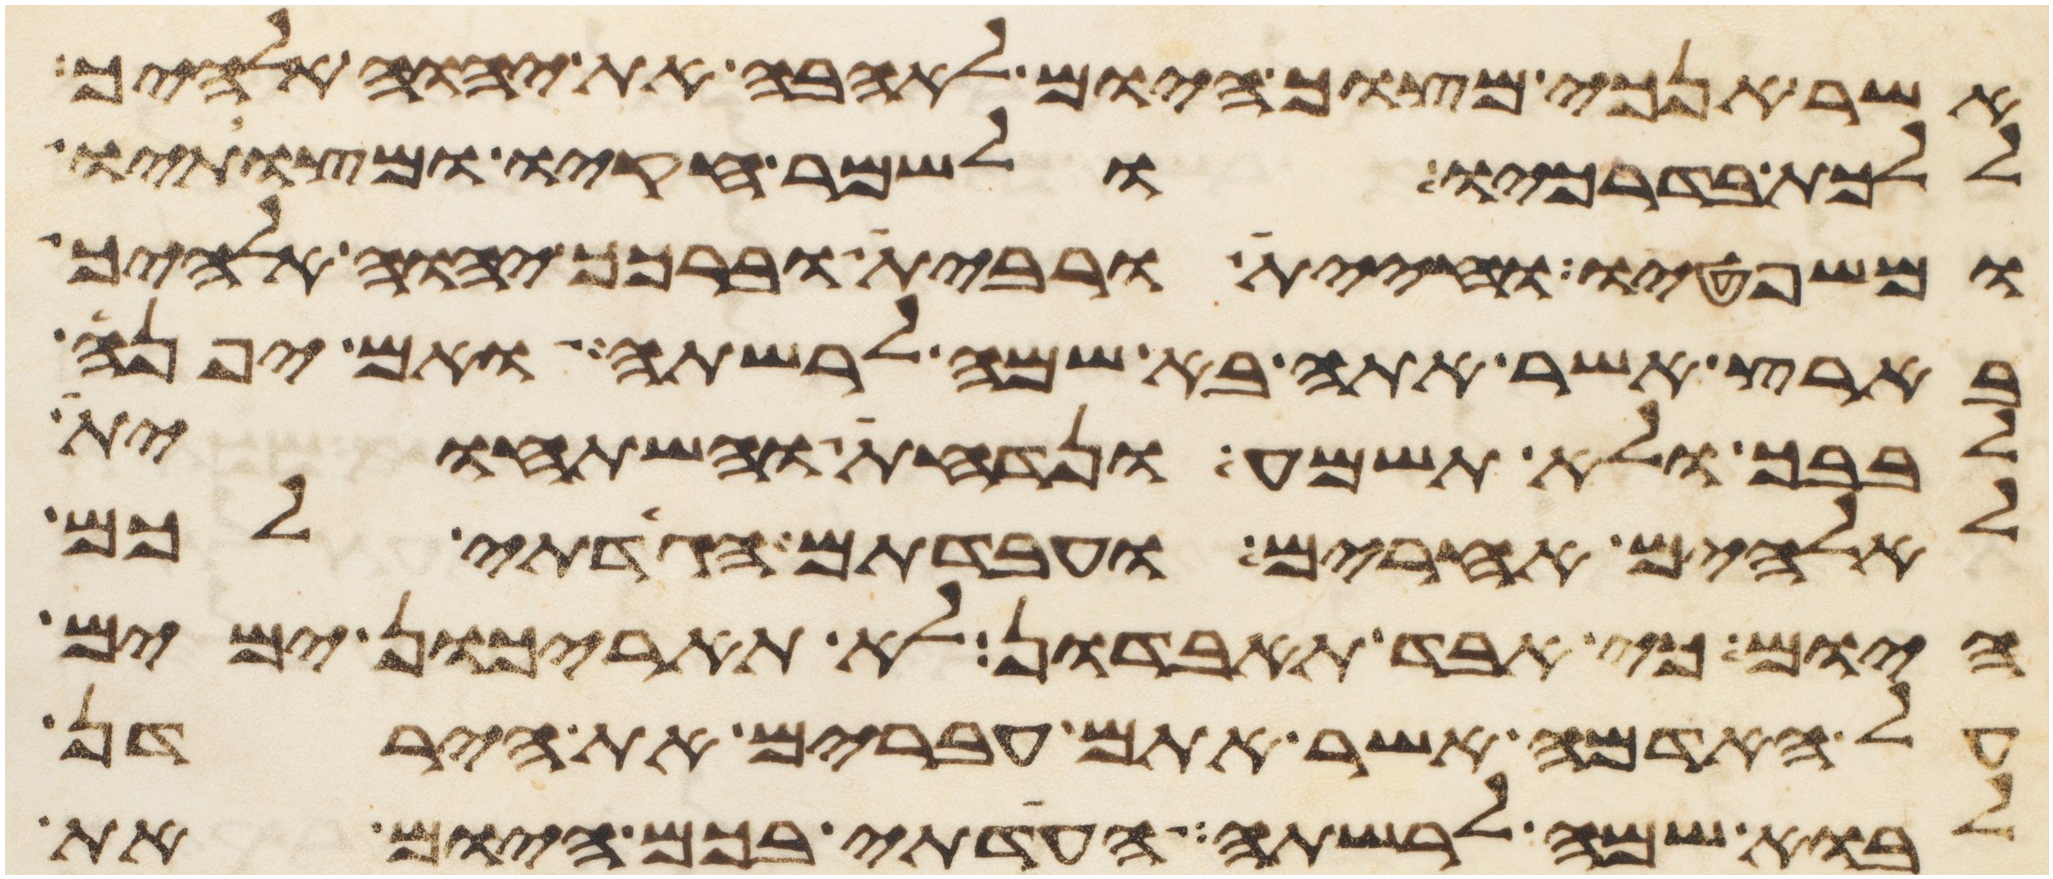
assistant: אשר אנכי מצוך היום לאהבה את יהוה אלהיך
וללכת בדרכיו ולשמר חקיו ומצותיו
ומשפטיו וחיית ורבית וברכך יהוה אלהיך
בארץ אשר אתה בא שמה לרשתה ואם יפנה
לבבך ולא תשמע ונדחת והשתחוית
לאלהים אחרים ועבדתם הגדתי לכם
היום כי אבד תאבדון לא תאריכון ימים
על האדמה אשר אתם עברים את הירדן
לבוא שמה לרשתה העדתי בכם היום את